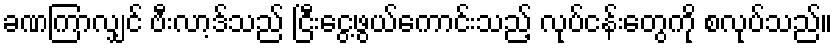
ခဏကြာလျှင် ဗီးလာ့ဒ်သည် ငြီးငွေ့ဖွယ်ကောင်းသည့် လုပ်ငန်းတွေကို စလုပ်သည်။